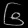
Digit: ၆